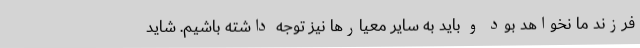
فرزند ما نخواهد بود و باید به سایر معیارها نیز توجه داشته باشیم. شاید